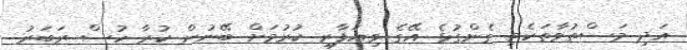
އަދި މަސްތުވާތަކެތި ގެންގުޅެ އޭގެ ވިޔަފާރި ކުރުމަށް ބޭނުން ކުރާ ހުސް ރަބަރު